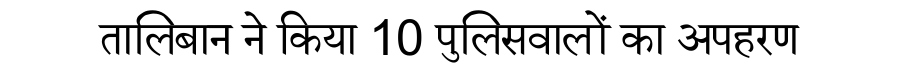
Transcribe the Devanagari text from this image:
तालिबान ने किया 10 पुलिसवालों का अपहरण